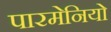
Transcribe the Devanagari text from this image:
पारमेनियो